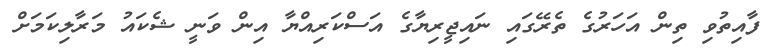
ފާއިތުވި ތިން އަހަރުގެ ތެރޭގައި ނައިޖީރިޔާގެ އަސްކަރިއްޔާ އިން ވަނީ ޝެކައު މަރާލިކަމަށް